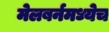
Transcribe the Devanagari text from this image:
मेलबर्नमध्येच